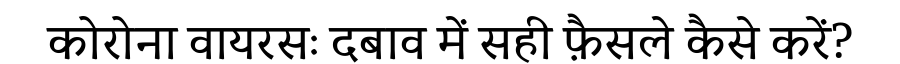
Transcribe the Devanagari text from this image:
कोरोना वायरसः दबाव में सही फ़ैसले कैसे करें?